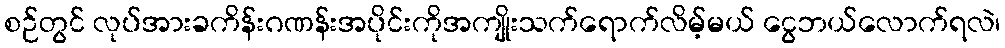
စဉ်တွင် လုပ်အားခကိန်းဂဏန်းအပိုင်းကိုအကျိုးသက်ရောက်လိမ့်မယ် ငွေဘယ်လောက်ရလဲ၊